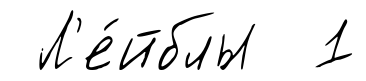
Л'е́йблы 1